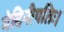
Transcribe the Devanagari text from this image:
मेदिनीपतिः।